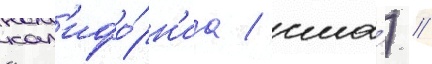
кал'ифо́рн'иа / сша́) //